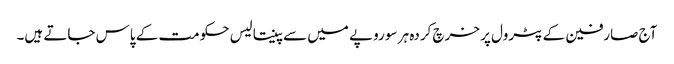
آج صارفین کے پٹرول پر خرچ کردہ ہر سو روپے میں سے پینتالیس حکومت کے پاس جاتے ہیں۔